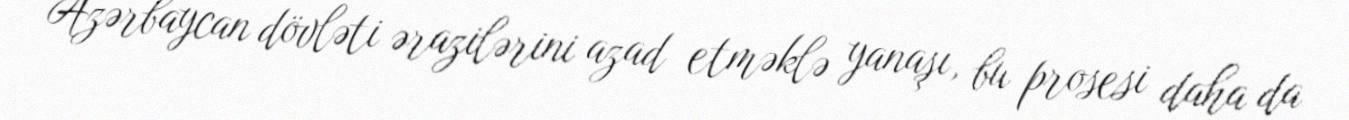
Azərbaycan dövləti ərazilərini azad etməklə yanaşı, bu prosesi daha da